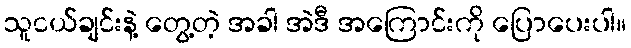
သူငယ်ချင်းနဲ့ တွေ့တဲ့ အခါ အဲဒီ အကြောင်းကို ပြောပေးပါ။